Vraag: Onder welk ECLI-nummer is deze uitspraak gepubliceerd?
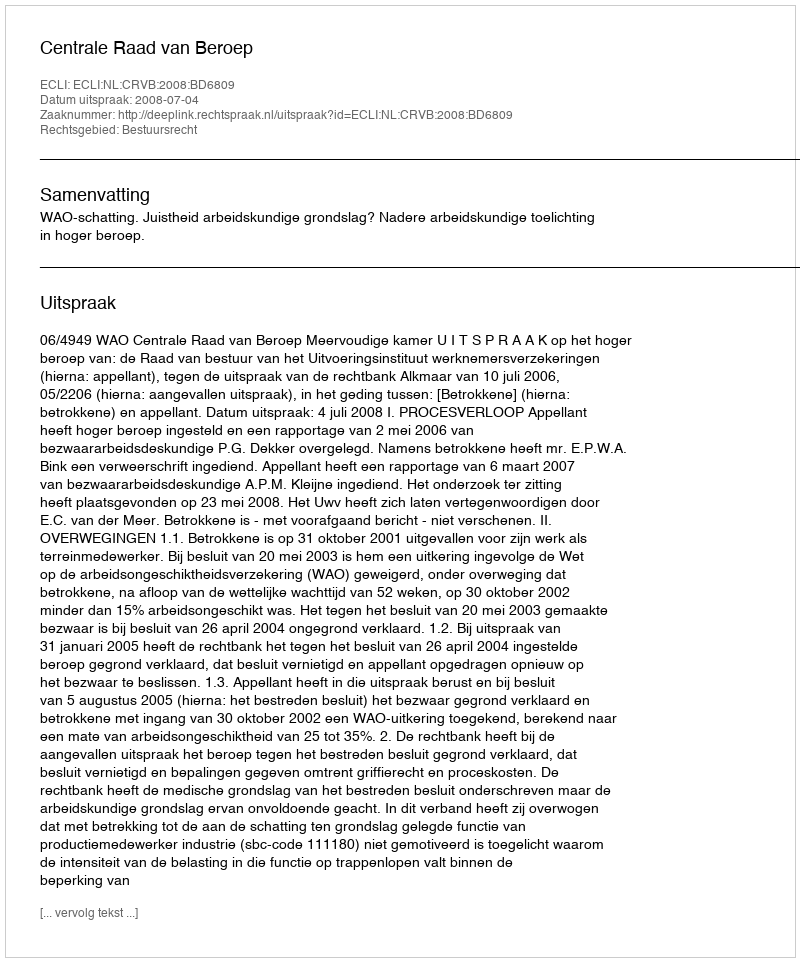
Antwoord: ECLI:NL:CRVB:2008:BD6809